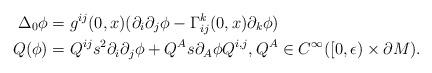
LaTeX: \begin{align*} \Delta_{0}\phi & = g^{ij}(0,x)(\partial_{i}\partial_{j}\phi - \Gamma_{ij}^{k}(0,x)\partial_{k}\phi) \\ Q(\phi) & = Q^{ij}s^2\partial_{i}\partial_{j}\phi + Q^{A}s\partial_A \phi Q^{i,j}, Q^{A} \in C^{\infty}([0,\epsilon)\times \partial M).\end{align*}